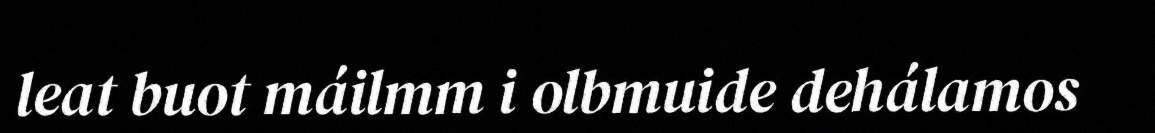
leat buot máilmm i olbmuide dehálamos